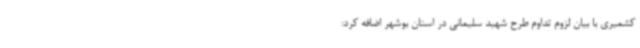
کشمیری با بیان لزوم تداوم طرح شهید سلیمانی در استان بوشهر اضافه کرد: